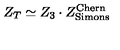
Z _ { T } \simeq Z _ { 3 } \cdot Z _ { \mathrm { { \tiny S i m o n s } } } ^ { \mathrm { { \tiny C h e r n } } }